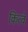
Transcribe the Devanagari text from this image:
कित्वे